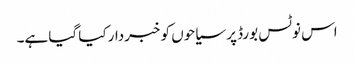
اس نوٹس بورڈ پر سیاحوں کو خبردار کیا گیا ہے۔